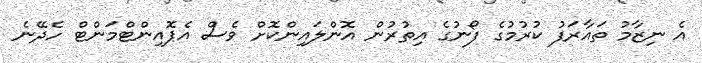
އެ ނިޒާމު ތައާރަފު ކުރުމުގެ ފޯނުގެ އިތުރުން އޮންލައިންކޮށް ވެސް އެޕޮއިންޓްމަންޓް ހެދޭނެ